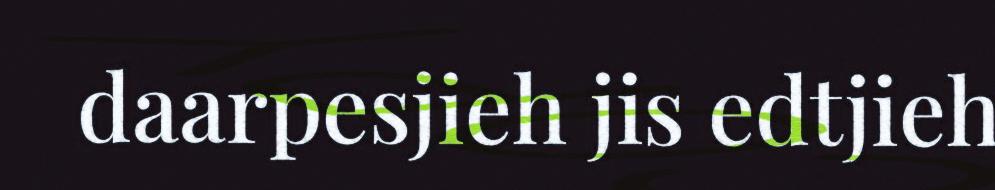
daarpesjieh jis edtjieh